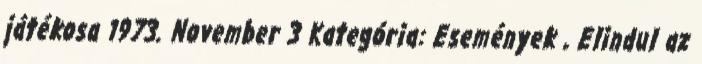
játékosa 1973. November 3 Kategória: Események , Elindul az